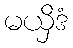
မယှိဒံ